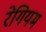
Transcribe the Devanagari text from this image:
रेगियम